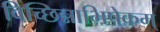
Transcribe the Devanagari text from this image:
विच्छिन्नाभिषेकम्